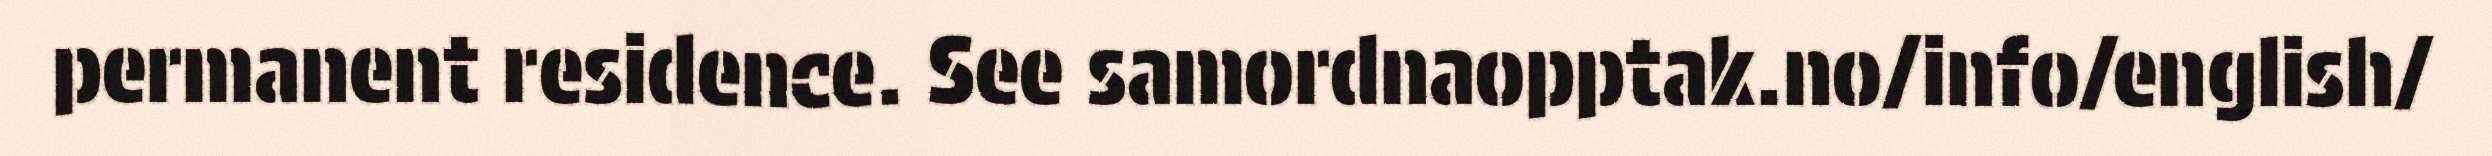
permanent residence. See samordnaopptak.no/info/english/